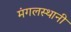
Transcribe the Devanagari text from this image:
मंगलस्थानी